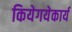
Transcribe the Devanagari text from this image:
कियेगयेकार्य